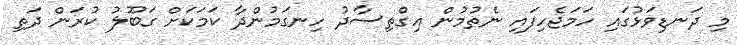
މި ދަނޑިވަޅުގައި ހަމަޖެހިފައި ނެތުމުން އިގްތިސާދު ހިނގަމުންދާ ކަމަކަށް ގަބޫލު ކުރަން ދަތި